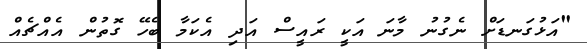
"އަޅުގަނޑަށް ނެގުނު މާނަ އަކީ ރައީސް އަދި އެކަމާ ބެހޭ ގޮތުން އެއްޗެއް